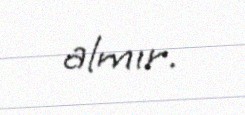
almır.